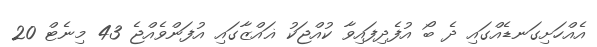
އެއްހަށިގަނޑެއްގައި ދެ ބޯ އުފެދިފައިވާ ކުއްޖަކު ޣައްޒާގައި އުފަންވެއްޖެ 43 މިނެޓް 20